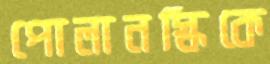
পোলানস্কিকে